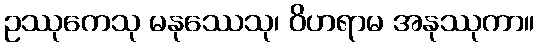
ဥဿုကေသု မနုဿေသု၊ ဝိဟရာမ အနုဿုကာ။